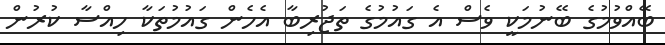
ބޭއްވުމުގެ ބޭނުމަކީ ވެސް އެ ގައުމުގެ ތަޖުރިބާ އެހެން ގައުމުތަކާ ހިއްސާ ކުރުން